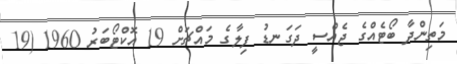
މަތިންދާ ބޯޓެއްގެ ޖެއްސީ ދަގަނޑު ފިލާގެ މައްޗަށް 19 އޮކްޓޯބަރު 1960 (19